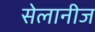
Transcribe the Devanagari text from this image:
सेलानीज